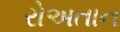
રોઅતાન